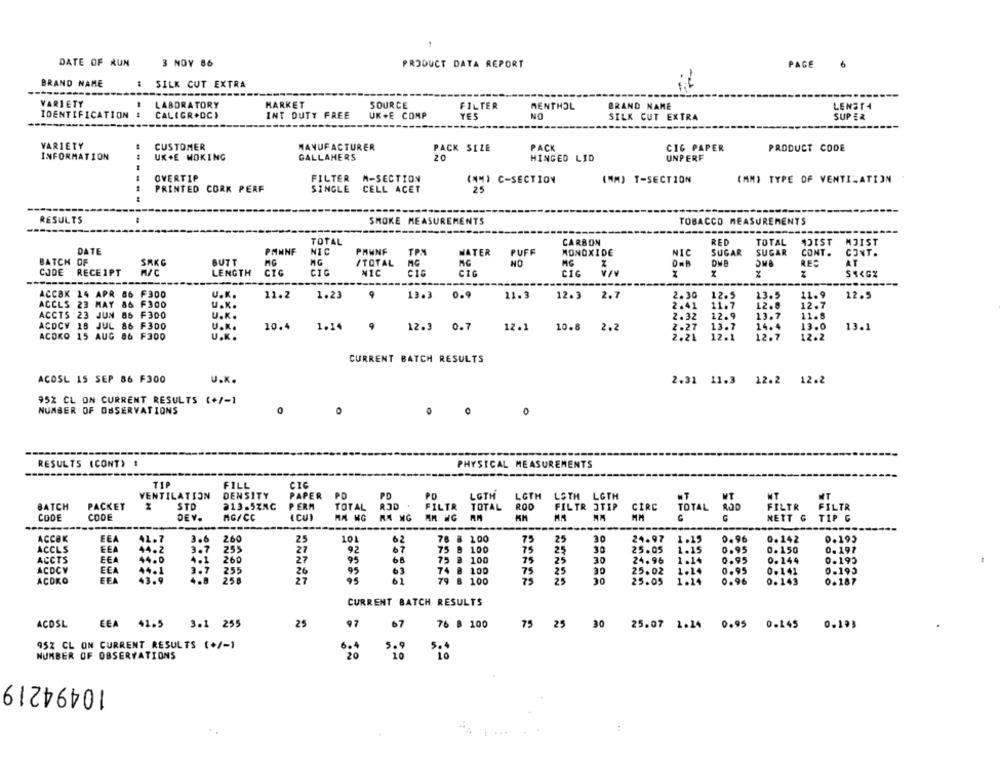
DATE OF RUN
3 NOY 86
PRODUCT DATA REPORT
PAGE
BRAND NAME
: SILK CUT EXTRA
it
VARIETY
LABORATORY
MARKET
SOURCE
FILTER
MENTHOL
BRAND NAME
LENST4
IDENTIFICATION
CALIGR.DC)
INT DUTY FREE
UK+E COMP
NO
YES
SILK CUT EXTRA
SUPER
VARIETY
CUSTOMER
MANUFACTURER
PACK SIZE
PACK
CIG PAPER
PRODUCT CODE
INFORMATION
UK+E MOKING
GALLAHERS
20
HINGED LID
UNPERF
OVERTIP
FILTER M-SECTION
(4M) C-SECTION
(MM) T-SECTION
(MM) TYPE OF VENTILATION
PRINTED CORK PERF
SINGLE CELL ACET
25
RESULTS
SMOKE MEAS
IENTS
TOBACCO MEASUREMENTS
TOTAL
CARBON
RED
TOTAL
ADIST
MJIST
DATE
PMNNF
NIC
PANNF
TP.M
PUFF
NIC
SUGAR
WATER
MONOXIDE
SUGAR
CONT.
CONT.
BATCH OF
SAKG
BUTT
MG
/TOTAL
MG
AG
NO
MC
REC
AT
CODE
RECEIPT
M/C
LENGTH
CIG
CIG
NIC
CIG
CIG
C16
S1<GZ
ACCBK 14 APR 86 F300
U.K.
11.2
1.23
9
13.3
0.9
11.3
12.3
2.7
2.30
12.5
13.5
11.9
12.5
ACCLS 23 MAY 86 F300
U.K.
11.7
12.8
12.7
2.41
ACCTS 23 JUN 86 F300
U.K.
2.32
12.9
13.7
11.8
ACDCY 18 JUL 86 F300
U.K.
10.4
1.14
9
2.27
13.7
14.4
13.0
13.1
12.3 0.7
12.1 10.8 2.2
12.7
ACOKO 15 AUG 86 F300
U.K .
2.21
12.1
12.2
CURRENT BATCH RESULTS
ACOSL 15 SEP 86 F300
U.K.
2.31 11.3 12.2 12.2
95% CL ON CURRENT RESULTS (+/-1
NUMBER OF OBSERVATIONS
0
0
0
RESULTS (CONT)
PHYSICAL MEASUREMENTS
TIP
FILL
CIC
DENSITY
VENTILATION
PAPER
PO
PO
PO
LGTH
LGTH
LOTH LGTH
WT
NT
BATCH
PACKET
STO
813.5ZAC
PERM
TOTAL
R3D
FILTR
TOTAL
FILTR JTEP
CIRC
CODE
CODE
DEV.
MG/CC
4 CUI
MM HG
MM
TOTAL
C
FILTR FILTR
NETT G
AM WG
TIP G
ACCOK
EEA
41.7
3.6
2.60
25
101
62
78 8 100
75
25
30
24.97
1.15
0.96
0.242
0.193
FEA
3.7
ACCLS
44.2
255
27
92
07
75 8 100
75
25
30
25.05
1.15
0.95
0.150
0.197
ACCTS
EEA
44.0
260
27
95
68
75 @ 100
75
25
30
24.96
1.14
0.95
0.144
0.195
ACDCV
ECA
95
63
74 8 100
75
25
25.02
0.95
0.195
44.1
4.8
255
26
30
ACDKO
EEA
258
95
01
79 B 100
75
25
30
25.05
1.24
0.96
0.143
0.187
CURRENT BATCH RESULTS
25
76 B 100
ACOSL
EEA 41.5
3.1 255
97
67
75 25
30
25.07 1.24 0.95 0.145
0.193
95Z CL ON CURRENT RESULTS (+/-1
5.9
NUMBER OF OBSERVATIONS
10494219